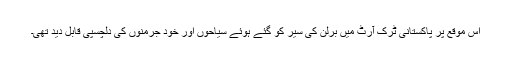
اس موقع پر پاکستانی ٹرک آرٹ میں برلن کی سیر کو گئے ہوئے سیاحوں اور خود جرمنوں کی دلچسپی قابل دید تھی۔